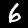
Digit: 6